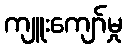
ကျူးကျော်မှု